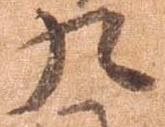
九